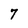
Character: 7